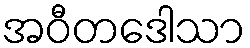
အဝီတဒေါသာ